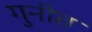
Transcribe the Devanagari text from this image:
गुनीत